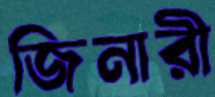
জিনারী